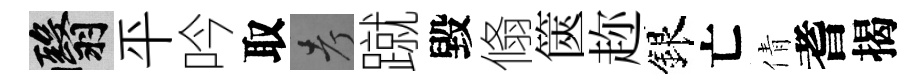
翳平吟取考蹴毀翛篋趂銀亡倩耆揭